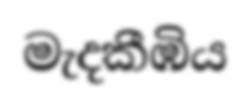
මැදකීඹිය